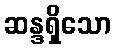
ဆန္ဒရှိသော